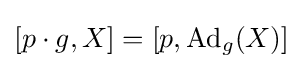
[p\cdot g,X]=[p,\mathrm {Ad} _{g}(X)]